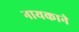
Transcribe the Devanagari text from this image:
नायकाने